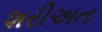
શરીઅત